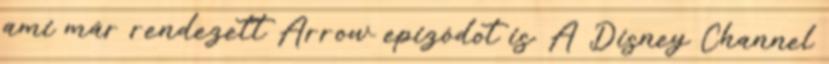
ami már rendezett Arrow epizódot is. A Disney Channel